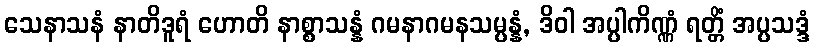
သေနာသနံ နာတိဒူရံ ဟောတိ နာစ္စာသန္နံ ဂမနာဂမနသမ္ပန္နံ, ဒိဝါ အပ္ပါကိဏ္ဏံ ရတ္တိံ အပ္ပသဒ္ဒံ